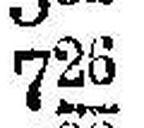
726